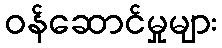
ဝန်ဆောင်မှုများ